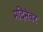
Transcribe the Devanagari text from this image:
मदिनेवर